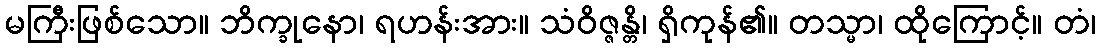
မကြီးဖြစ်သော။ ဘိက္ခုနော၊ ရဟန်းအား။ သံဝိဇ္ဇန္တိ၊ ရှိကုန်၏။ တသ္မာ၊ ထိုကြောင့်။ တံ၊